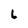
Character: L